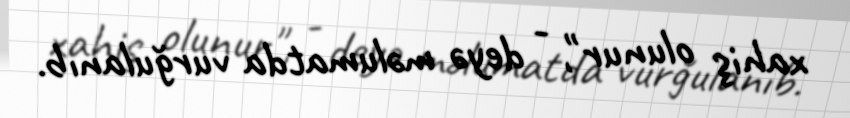
xahiş olunur", - deyə məlumatda vurğulanıb.